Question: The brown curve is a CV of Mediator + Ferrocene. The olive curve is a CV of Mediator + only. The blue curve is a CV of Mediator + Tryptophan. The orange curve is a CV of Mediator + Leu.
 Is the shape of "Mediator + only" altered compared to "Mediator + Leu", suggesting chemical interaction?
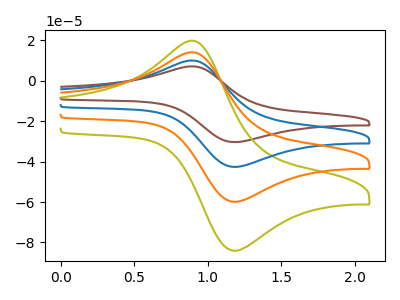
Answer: <think>The brown curve "Mediator + Ferrocene" has an anodic peak at (0.90V, 41.50uA) and a cathodic peak at (1.20V, -179.45uA). The olive curve "Mediator + only" has an anodic peak at (0.90V, 19.45uA) and a cathodic peak at (1.20V, -84.00uA). The blue curve "Mediator + Tryptophan" has an anodic peak at (0.90V, 27.65uA) and a cathodic peak at (1.20V, -119.60uA). The orange curve "Mediator + Leu" has an anodic peak at (0.90V, 13.85uA) and a cathodic peak at (1.20V, -59.80uA).
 All the peaks in "Mediator + only" have a peak in "Mediator + Leu" at the same potential. Every peak in "Mediator + only" is higher than every peak in "Mediator + Leu".</think>
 <answer>No, "Mediator + only" and "Mediator + Leu" don't appear to be significantly different in shape</answer>
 <eval>no_change</eval>